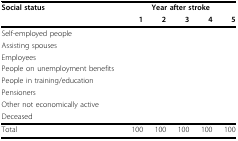
<table><thead><tr><td><b>Social status</b></td><td colspan="5"><b>Year after stroke</b></td></tr><tr><td></td><td><b>1</b></td><td><b>2</b></td><td><b>3</b></td><td><b>4</b></td><td><b>5</b></td></tr></thead><tbody><tr><td>Self-employed people</td><td></td><td></td><td></td><td></td><td></td></tr><tr><td>Assisting spouses</td><td></td><td></td><td></td><td></td><td></td></tr><tr><td>Employees</td><td></td><td></td><td></td><td></td><td></td></tr><tr><td>People on unemployment benefits</td><td></td><td></td><td></td><td></td><td></td></tr><tr><td>People in training/education</td><td></td><td></td><td></td><td></td><td></td></tr><tr><td>Pensioners</td><td></td><td></td><td></td><td></td><td></td></tr><tr><td>Other not economically active</td><td></td><td></td><td></td><td></td><td></td></tr><tr><td>Deceased</td><td></td><td></td><td></td><td></td><td></td></tr><tr><td>Total</td><td>100</td><td>100</td><td>100</td><td>100</td><td>100</td></tr></tbody></table>